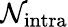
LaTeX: \mathcal{N}_{\mathrm{{intra}}}